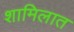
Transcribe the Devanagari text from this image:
शामिलात